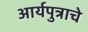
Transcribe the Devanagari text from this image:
आर्यपुत्राचे